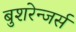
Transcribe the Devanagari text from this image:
बुशरेन्जर्स